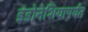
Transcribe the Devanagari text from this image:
इंडोनेशियापर्यंत